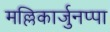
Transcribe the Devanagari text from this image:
मल्लिकार्जुनप्पा